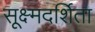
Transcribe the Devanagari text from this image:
सूक्ष्मदर्शिता